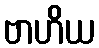
ဗာဟိယ